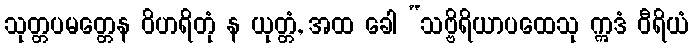
သုတ္တပမတ္တေန ဝိဟရိတုံ န ယုတ္တံ, အထ ခေါ “သဗ္ဗိရိယာပထေသု ဣဒံ ဝီရိယံ